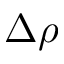
\Delta \rho